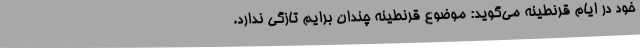
خود در ایام قرنطینه می‌گوید: موضوع قرنطینه چندان برایم تازگی ندارد.